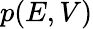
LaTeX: p(E,V)